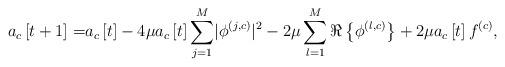
LaTeX: \begin{align*}a_c\left[t+1\right]=&a_c\left[t\right]-4\mu a_c\left[t\right]\sum_{j=1}^{M}\lvert\phi^{\left(j,c\right)}\rvert^2-2\mu\sum_{l=1}^{M}\Re\left\{\phi^{\left(l,c\right)}\right\}+2\mu a_c\left[t\right]f^{\left(c\right)}, \end{align*}